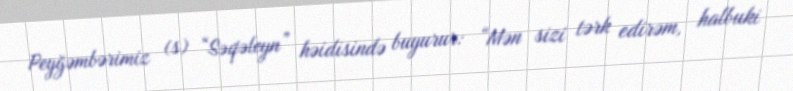
Peyğəmbərimiz (s) “Səqəleyn” həidisində buyurur: “Mən sizi tərk edirəm, halbuki